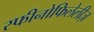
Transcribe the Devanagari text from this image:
स्फीनोफिलेलीज़